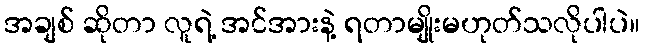
အချစ် ဆိုတာ လူရဲ့ အင်အားနဲ့ ရတာမျိုးမဟုတ်သလိုပါပဲ။